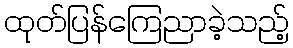
ထုတ်ပြန်ကြေညာခဲ့သည့်